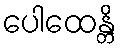
ပေါထေန္တိ